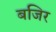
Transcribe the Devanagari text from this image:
बजिर